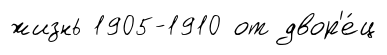
жизнь 1905-1910 от двор'е́ц